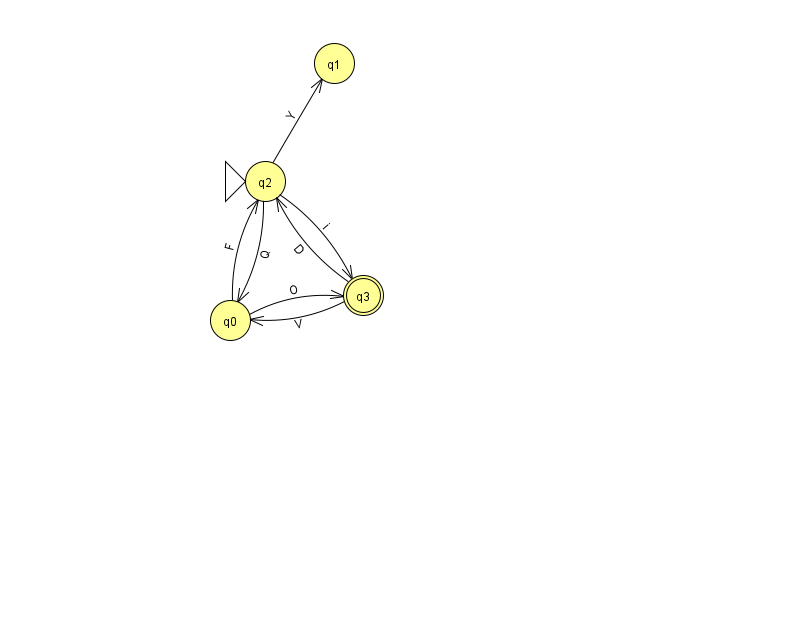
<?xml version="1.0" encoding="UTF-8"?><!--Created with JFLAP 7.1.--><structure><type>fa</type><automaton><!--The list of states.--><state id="0" name="q0"><x>230.0</x><y>307.0</y></state><state id="1" name="q1"><x>334.0</x><y>50.0</y></state><state id="2" name="q2"><x>265.0</x><y>168.0</y><initial/></state><state id="3" name="q3"><x>363.0</x><y>282.0</y><final/></state><!--The list of transitions.--><transition><from>2</from><to>3</to><read>i</read></transition><transition><from>0</from><to>2</to><read>F</read></transition><transition><from>0</from><to>3</to><read>O</read></transition><transition><from>2</from><to>0</to><read>Q</read></transition><transition><from>3</from><to>0</to><read>V</read></transition><transition><from>3</from><to>2</to><read>D</read></transition><transition><from>2</from><to>1</to><read>Y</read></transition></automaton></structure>